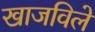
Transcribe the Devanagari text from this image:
खाजविले